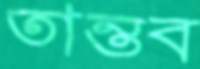
তান্তব